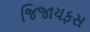
જિજાયફસ